Bombay plague: being a history of the progress of plague in the Bombay presidency from September 1896 to June 1899
Year: 1896
Disease focus: Plague
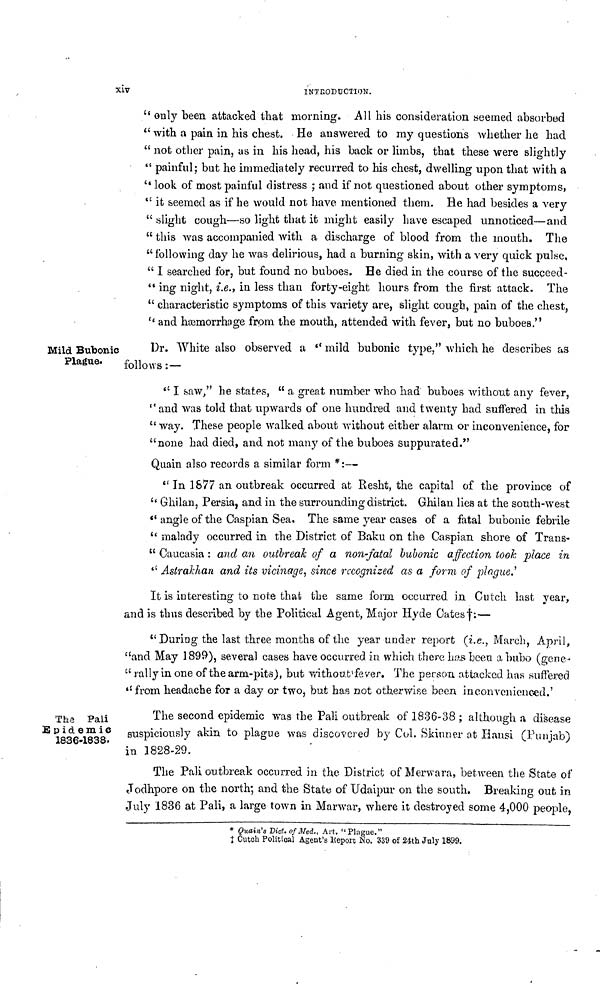
Xiv
INTRODUCTION.
" only been attacked that morning. All his consideration seemed absorbed
" with a pain in his chest. He answered to my questions whether he had
" not other pain, as in his head, his back or limbs, that these were slightly
" painful; but he immediately recurred to his chest, dwelling upon that with a
" look of most painful distress ; and if not questioned about other symptoms,
" it seemed as if he would not have mentioned them. He had besides a very
" slight cough—so light that it might easily have escaped unnoticed—and
" this was accompanied with a discharge of blood from the mouth. The
" following day he was delirious, had a burning skin, with a very quick pulse,
" I searched for, but found no buboes. He died in the course of the succeed-
" ing night, i.e., in less than forty-eight hours from the first attack. The
" characteristic symptoms of this variety are, slight cough, pain of the chest,
'' and haemorrhage from the mouth, attended with fever, but no buboes."
Mild Bubonic
Plague.
Dr. White also observed a " mild bubonic type," which he describes as
follows : —
" I saw," he states, " a great number who had buboes without any fever,
"and was told that upwards of one hundred and twenty had suffered in this
" way. These people walked about without either alarm or inconvenience, for
"none had died, and not many of the buboes suppurated."
Quain also records a similar form * :—
" In 1677 an outbreak occurred at Resht, the capital of the province of
" Ghilan, Persia, and in the surrounding district. Ghilan lies at the south-west
" angle of the Caspian Sea. The same year cases of a fatal bubonic febrile
" malady occurred in the District of Baku on the Caspian shore of Trans-
" Caucasia : and an outbreak of a non-fatal bubonic affection took place in
" Astrakhan and its vicinage, since recognised as a form of plague.'
It is interesting to note that the same form occurred, in Cutch last year,
and is thus described by the Political Agent, Major Hyde Cates †:—
" During the last three months of the year under report (i.e., March, April,
"and May 1899), several cases have occurred in which there has bubo a bubo (gene-
" rally in one of the arm-pits), bub without fever. The person attacked has suffered
''from headache for a day or two, but has not otherwise been inconvenienced.'
The Pali
Epidemic
1836-1838.
The second epidemic was the Pali outbreak of 1836-38 ; although a disease
suspiciously akin to plague was discovered by Col. Skinner at Hansi (Punjab)
in 1828-29.
The Pali outbreak occurred in the District of Merwara, between the State of
Jodhpore on the north; and the State of Udaipur on the south. Breaking out in
July 1836 at Pali, a large town in Marwar, where it destroyed some 4,000 people,
* Quain's Dict. of Med., Art. "Plague."
† Cutch Political Agent's Report No. 339 of 24th July 1899.